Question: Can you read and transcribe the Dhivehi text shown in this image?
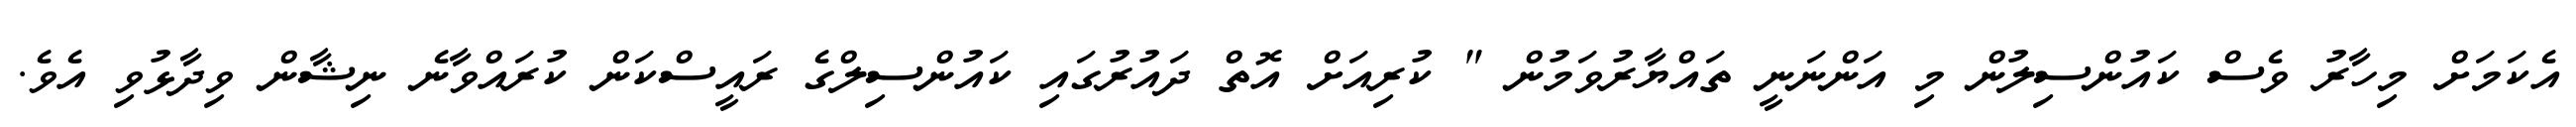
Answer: އެކަމަށް މިހާރު ވެސް ކައުންސިލުން މި އަންނަނީ ތައްޔާރުވަމުން " ކުރިއަށް އޮތް ދައުރުގައި ކައުންސިލްގެ ރައީސްކަން ކުރައްވާނެ ނިޝާން ވިދާޅުވި އެވެ.